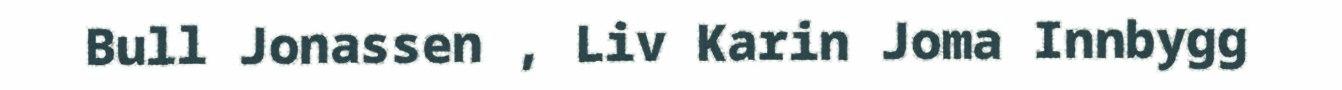
Bull Jonassen , Liv Karin Joma Innbygg